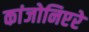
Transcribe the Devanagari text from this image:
कांजोनिएरे